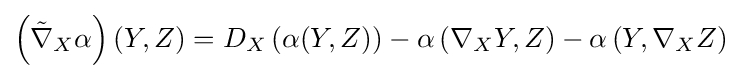
\left({\tilde {\nabla }}_{X}\alpha \right)(Y,Z)=D_{X}\left(\alpha (Y,Z)\right)-\alpha \left(\nabla _{X}Y,Z\right)-\alpha \left(Y,\nabla _{X}Z\right)